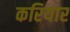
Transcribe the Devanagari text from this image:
करियार